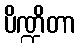
ပိဏ္ဍိတာ